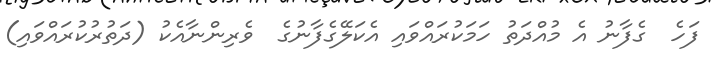
ފަހެ  ގެފާނު އެ މުއްދަތު ހަމަކުރައްވައި އެކަލޭގެފާނުގެ  ވެރިންނާއެކު (ދަތުރުކުރައްވައި)